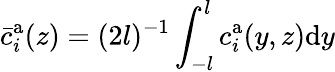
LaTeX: \bar{c}_{i}^{\mathrm{a}}(z)=(2l)^{-1}\int_{-l}^{l}c_{i}^{\mathrm{a}}(y,z)\mathrm{d}y